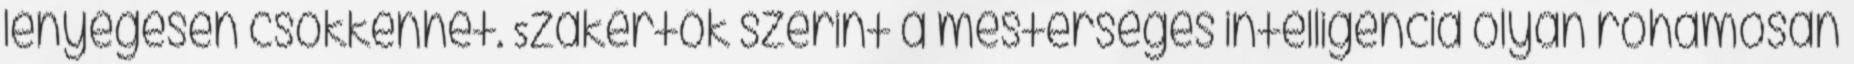
lényegesen csökkenhet. Szakértők szerint a mesterséges intelligencia olyan rohamosan